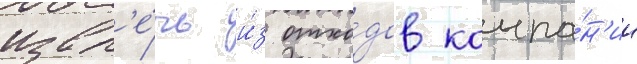
извл'е́чь и́з отхо́дов компа́н'ии